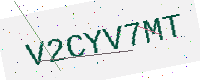
Text: V2CYV7MT